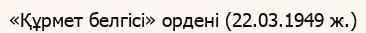
«Құрмет белгісі» ордені (22.03.1949 ж.)